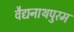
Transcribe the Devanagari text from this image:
वैद्यनाथपुरम